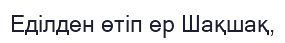
Еділден өтіп ер Шақшақ,